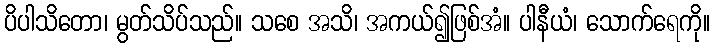
ပိပါသိတော၊ မွတ်သိပ်သည်။ သစေ အသိ၊ အကယ်၍ဖြစ်အံ။ ပါနီယံ၊ သောက်ရေကို။